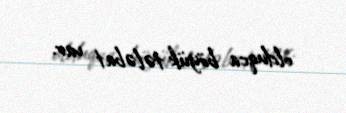
olduqca böyük tələbat var.